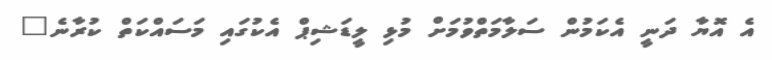
އެ އޮޔާ ދަނީ އެކަމުން ސަލާމަތްވުމަށް މުޅި ލީޑަޝިޕް އެކުގައި މަސައްކަތް ކުރާނެ"